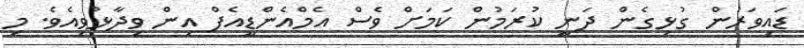
ޑައިވަރުން ގުޅިގެން ދަނީ ކުރަމުން ކަމަށް ވެސް އެމްއެންޑީއެފް އިން ވިދާޅުވިއެވެ. މި